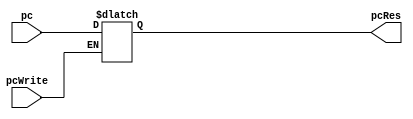
`timescale 1ns/1ns

module PC(pc, pcWrite, pcRes);
  input[9:0] pc;
  input pcWrite;
  output reg[9:0] pcRes;
  
  always@(*) begin
    if(pcWrite)
      pcRes = pc;
  end
endmodule